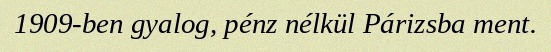
1909-ben gyalog, pénz nélkül Párizsba ment.